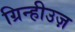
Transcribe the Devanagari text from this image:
ग्रिन्हीउज़